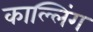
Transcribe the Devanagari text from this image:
काल्लिंग